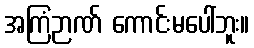
အကြံဉာဏ် ကောင်းမပေါ်ဘူး။